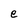
Character: e